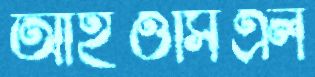
আইওসিএল